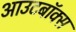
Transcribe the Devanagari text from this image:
आउटबॉक्स